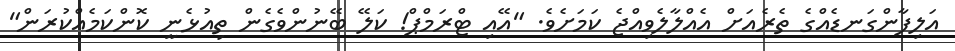
އަލިފާންގަނޑެއްގެ ތެރެއަށް އެއްލާލެވިއްޖެ ކަމަށެވެ. "އޭއި ޓްރަމްޕް! ކަލޭ ބޭނުންވެގެން ތިއުޅެނީ ކޮންކަމެއްކުރަން"